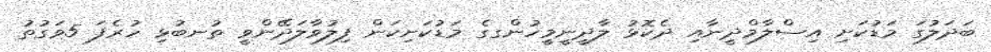
ބަދަލުގަ މަޑުކަށި އިސްލާމްދީނާއި ދެކޮޅު ލާދީނީމީހުންގގެ މަޑުކަށިކަން ފިލުވާލަދޭންވީ ތުނބުޅި ހުރެފަ 5ވަގުތު